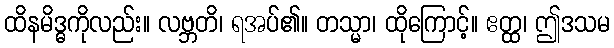
ထိနမိဒ္ဓကိုလည်း။ လဗ္ဘတိ၊ ရအပ်၏။ တသ္မာ၊ ထိုကြောင့်။ ဧတ္ထ၊ ဤဒသမ